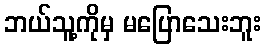
ဘယ်သူ့ကိုမှ မပြောသေးဘူး